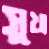
সুখ্য